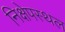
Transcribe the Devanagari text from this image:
निक्षेपस्थल